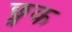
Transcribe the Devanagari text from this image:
छ्त्रक